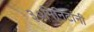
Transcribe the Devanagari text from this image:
३०मिनिटांनी